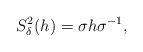
\begin{align*}S_{\delta}^{2}(h)=\sigma h \sigma ^{-1},\end{align*}